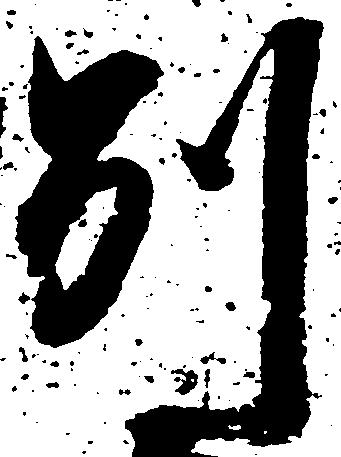
別